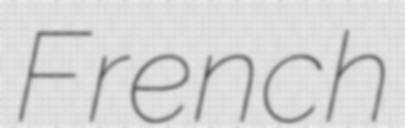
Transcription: French